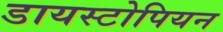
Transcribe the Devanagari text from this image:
डायस्टोपियन